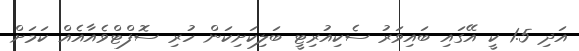
އަދި 1.5 ކީ އޭގައި ބައިވަރު ސެކިއުރިޓީ ބަލިކަށިކަން ހުރި ސޮފްޓްވެއާއެއް ކަމަށް